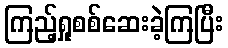
ကြည့်ရှုစစ်ဆေးခဲ့ကြပြီး